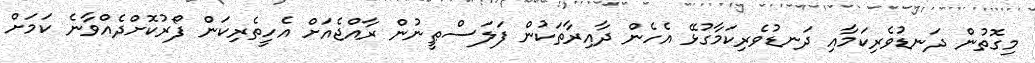
މިގޮތުން ދަނޑުވެރިކަމާއި ދަނޑުވެރިކަމާގުޅޭ އެހެން ދާއިރާތަކުން ފަލަސްޠީނުން ރާއްޖެއަށް އެހީތެރިކަން ފޯރުކޮށްދެއްވާނެ ކަމަށް